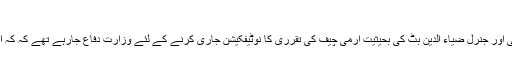
مظہر عباس
سابق سیکرٹری دفاع جنرل (ر)افتخار سابق صدر جنرل(ر) پرویز مشرف کی برطرفی اور جنرل ضیاء الدین بٹ کی بحیثیت آرمی چیف کی تقرری کا نوٹیفکیشن جاری کرنے کے لئے وزارت دفاع جارہے تھے کہ کہ انہیں فون آیا کہ وہاں نہ جائیں فوج آگئی ہے آپ جنرل عزیز کے پاس تشریف لے آئیں۔